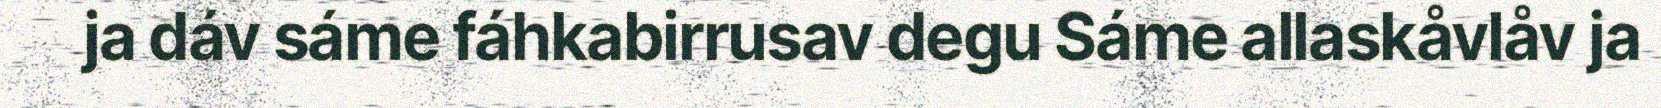
ja dáv sáme fáhkabirrusav degu Sáme allaskåvlåv ja